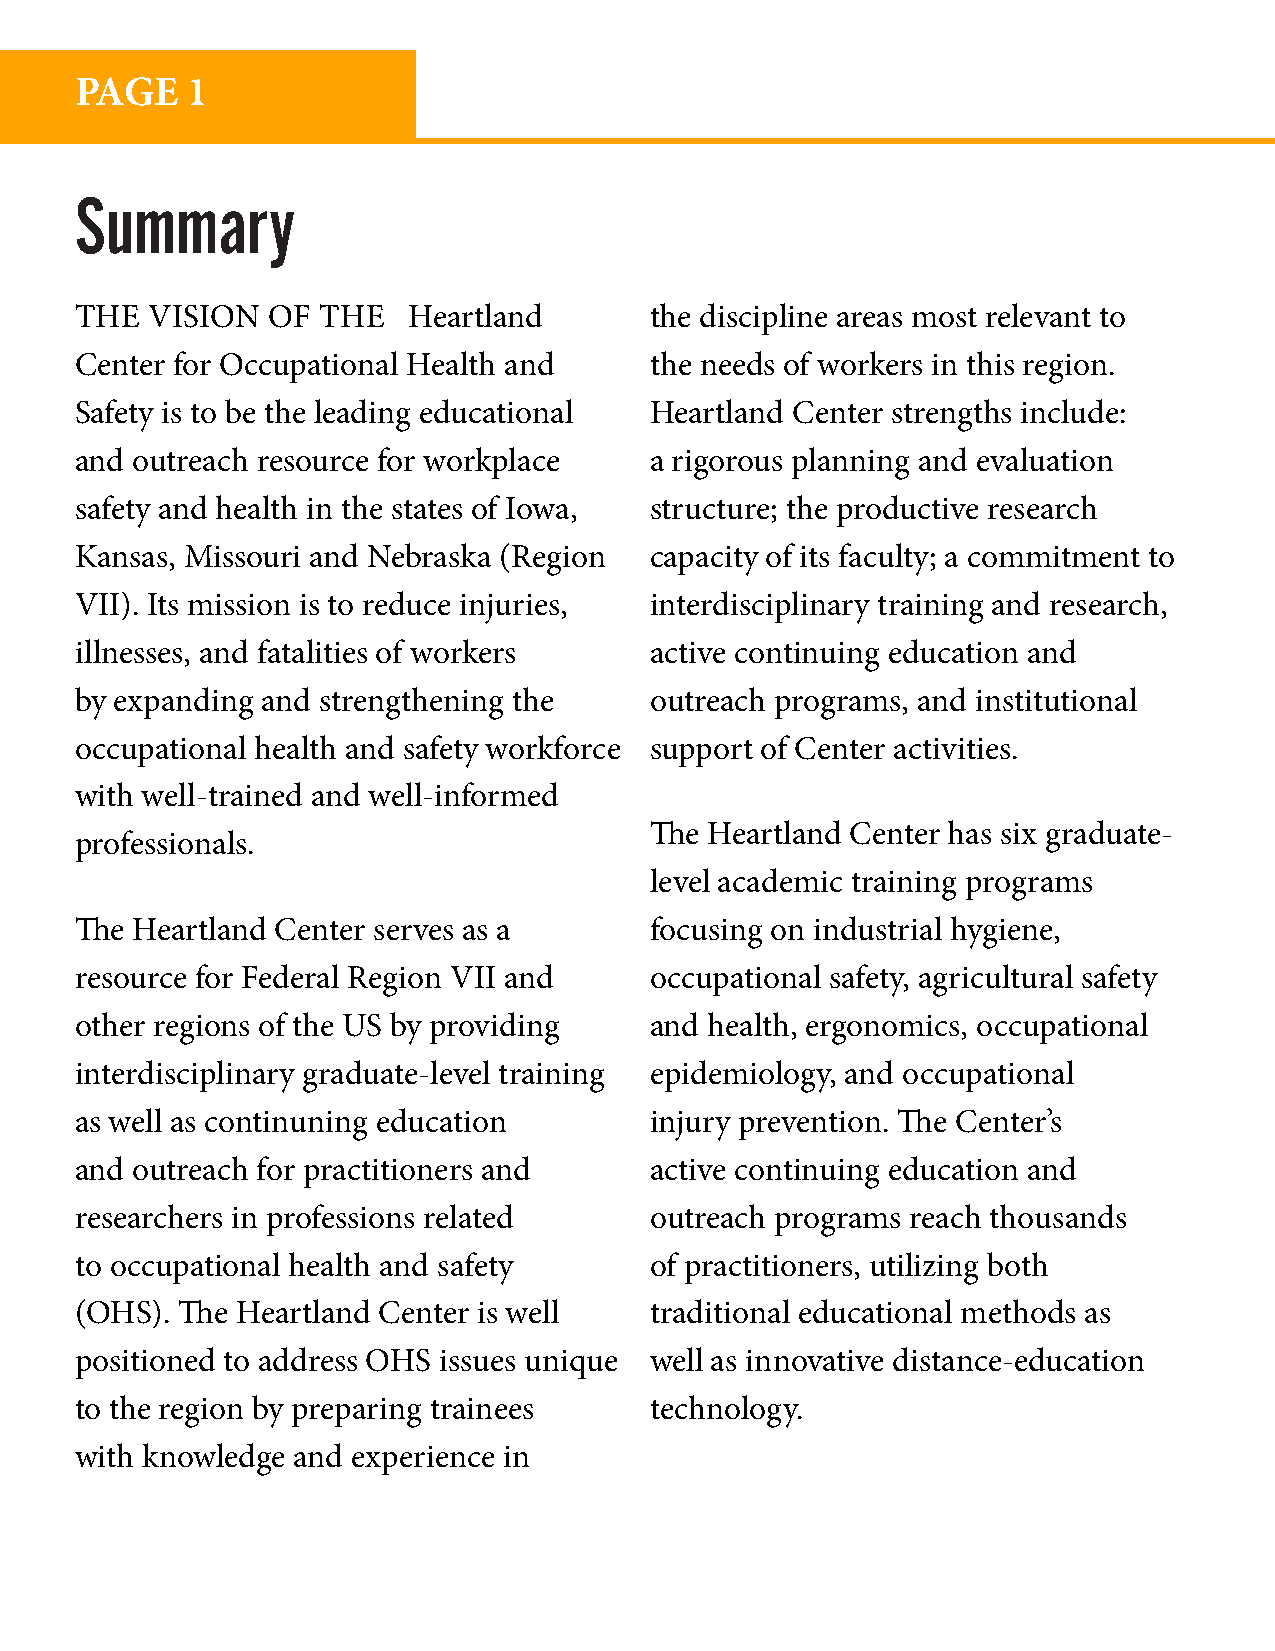
PAGE   1
 Summary
 THE  VISION  OF THE   Heartland       the discipline areas most relevant to
 Center for Occupational Health and    the needs of workers in this region.
 Safety is to be the leading educational Heartland Center strengths include:
 and outreach resource for workplace   a rigorous planning and evaluation
 safety and health in the states of Iowa, structure; the productive research
 Kansas, Missouri and Nebraska (Region capacity of its faculty; a commitment to
 VII). Its mission is to reduce injuries, interdisciplinary training and research,
 illnesses, and fatalities of workers  active continuing education and
 by expanding and strengthening the    outreach programs, and institutional
 occupational health and safety workforce support of Center activities.
 with well-trained and well-informed
 The Heartland Center has six graduate-
 professionals.
 level academic training programs
 The Heartland Center serves as a      focusing on industrial hygiene,
 resource for Federal Region VII and   occupational safety, agricultural safety
 other regions of the US by providing  and health, ergonomics, occupational
 interdisciplinary graduate-level training epidemiology, and occupational
 as well as continuning education      injury prevention. The Center’s
 and outreach for practitioners and    active continuing education and
 researchers in professions related    outreach programs reach thousands
 to occupational health and safety     of practitioners, utilizing both
 (OHS). The Heartland Center is well   traditional educational methods as
 positioned to address OHS issues unique well as innovative distance-education
 to the region by preparing trainees   technology.
 with knowledge and experience in